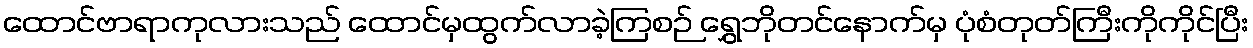
ထောင်ဗာရာကုလားသည် ထောင်မှထွက်လာခဲ့ကြစဉ် ရွှေဘိုတင်နောက်မှ ပုံစံတုတ်ကြီးကိုကိုင်ပြီး